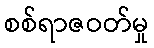
စစ်ရာဇဝတ်မှု